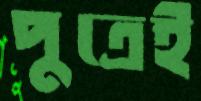
পুত্রেই